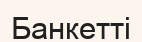
Банкетті